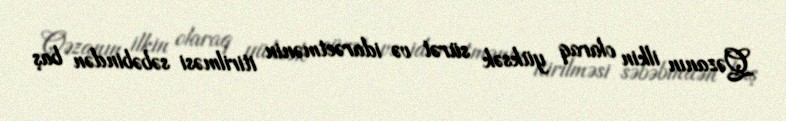
Qəzanın ilkin olaraq yüksək sürət və idarəetmənin itirilməsi səbəbindən baş